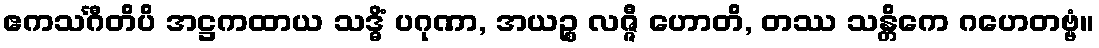
ဧကသင်္ဂီတိပိ အဋ္ဌကထာယ သဒ္ဓိံ ပဂုဏာ, အယဉ္စ လဇ္ဇီ ဟောတိ, တဿ သန္တိကေ ဂဟေတဗ္ဗံ။